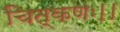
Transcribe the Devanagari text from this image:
चित्कणः।।